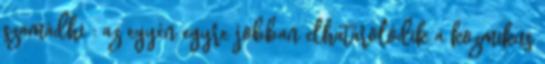
szamádhi : az egyén egyre jobban elhatárolódik a kozmikus